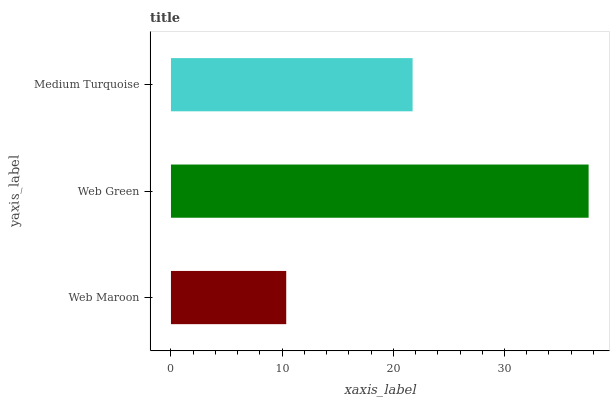
| yaxis_label | bars |
 | --- | --- |
 | Web Maroon | 10.4 |
 | Web Green | 37.6 |
 | Medium Turquoise | 21.7 |